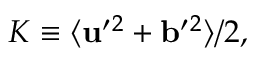
K \equiv \langle { { \bf { u } } ^ { \prime } { } ^ { 2 } + { \bf { b } } ^ { \prime } { } ^ { 2 } } \rangle / 2 ,